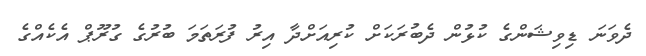
ދެވަނަ ޑިވިޝަންގެ ކުޅުން ދެބުރަކަށް ކުރިއަށްދާ އިރު ފުރަތަމަ ބުރުގެ ގުރޫޕް އެކެއްގެ